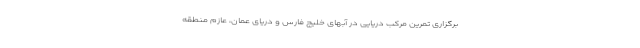
برگزاری تمرین مرکب دریایی در آبهای خلیج فارس و دریای عمان، عازم منطقه